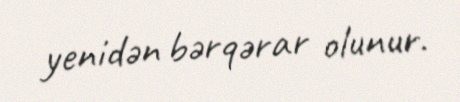
yenidən bərqərar olunur.